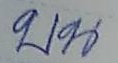
บน